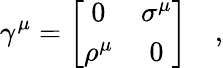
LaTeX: \gamma^{\mu}=\left[\begin{array}{cc}{{0}}&{{\sigma^{\mu}}}\\ {{\rho^{\mu}}}&{{0}}\end{array}\right]\quad,